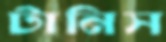
টানিস